65_HS1-834228961_62-HQ-83894_Section_6
Agency: FBI
Page 49
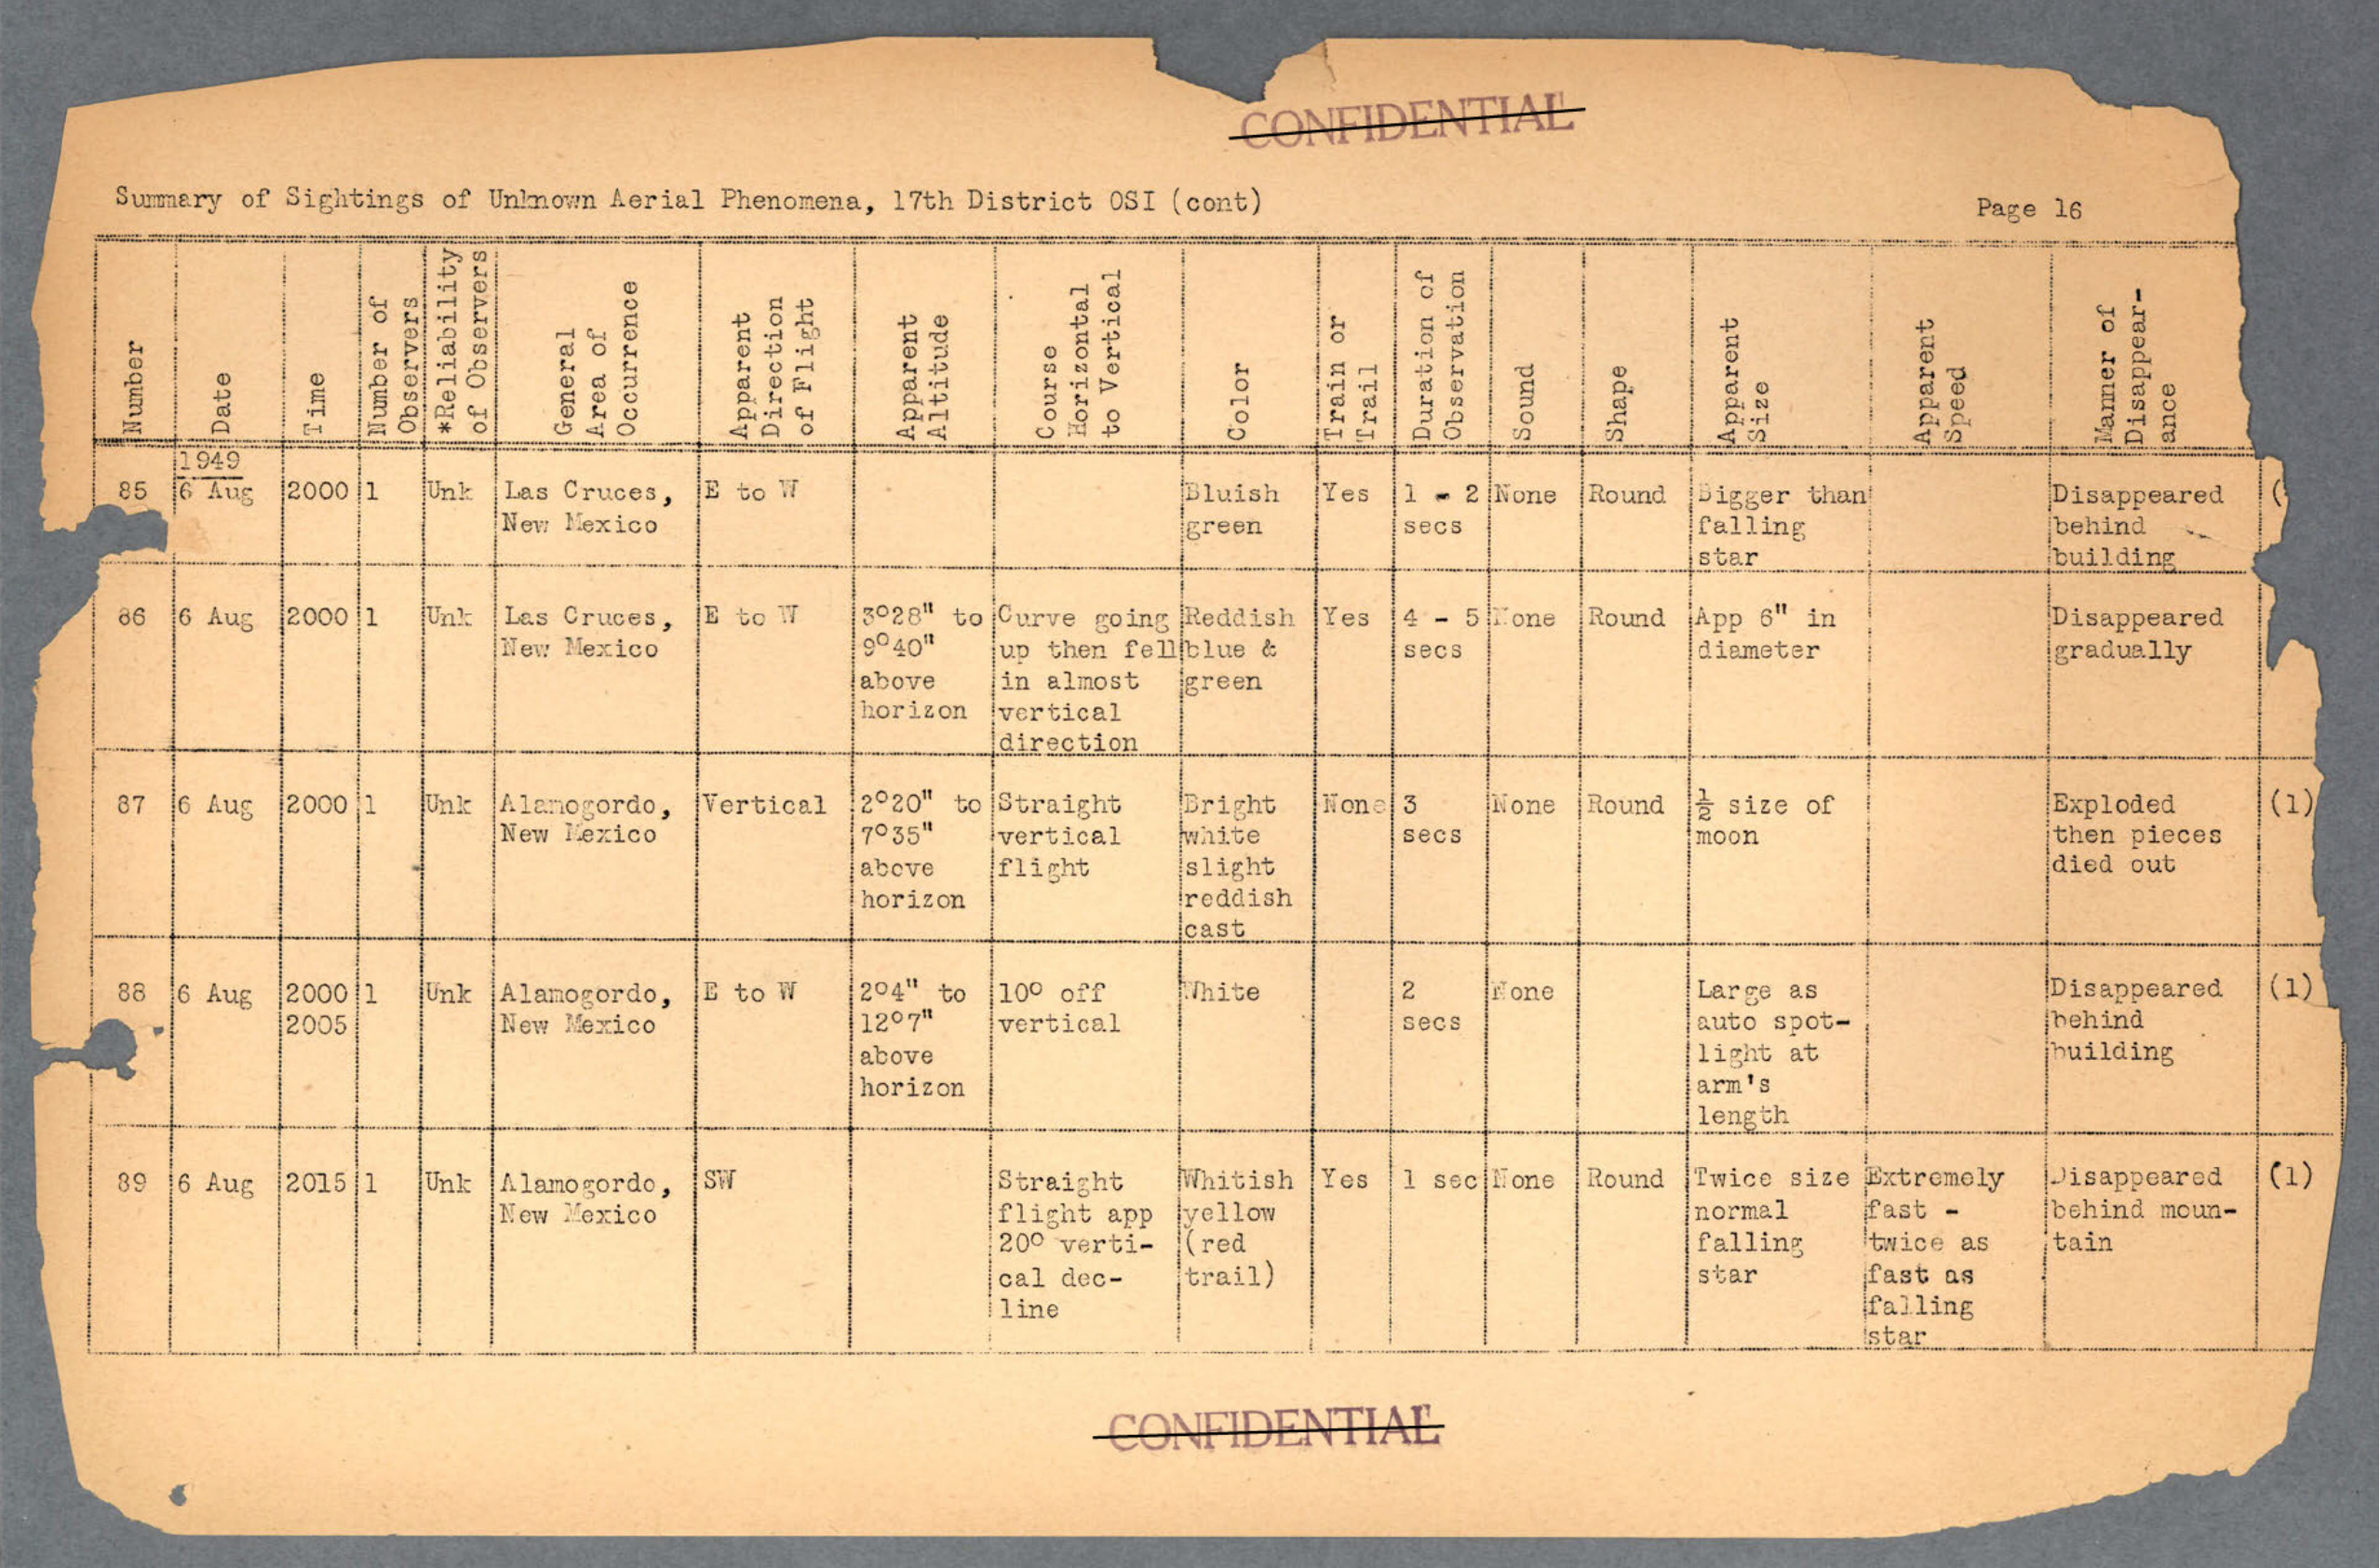